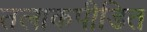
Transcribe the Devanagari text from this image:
तलाकपीडित